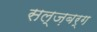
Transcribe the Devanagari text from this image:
सल्ज़बर्ग